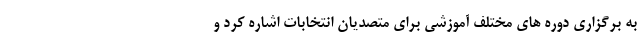
به برگزاری دوره های مختلف آموزشی برای متصدیان انتخابات اشاره کرد و